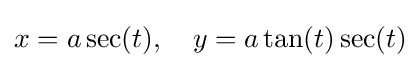
x=a\sec(t),\quad y=a\tan(t)\sec(t)